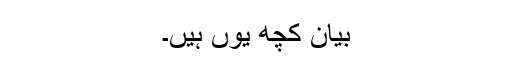
بیان کچھ یوں ہیں۔